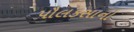
પૌલકસાનો